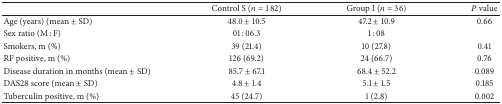
|  | Control S (n = 182) | Group I (n = 36) | P value |
 | --- | --- | --- | --- |
 | Age (years) (mean ± SD) | 48.0 ± 10.5 | 47.2 ± 10.9 | 0.66 |
 | Sex ratio (M : F) | 01 : 06.3 | 1 : 08 |  |
 | Smokers, m (%) | 39 (21.4) | 10 (27.8) | 0.41 |
 | RF positive, m (%) | 126 (69.2) | 24 (66.7) | 0.76 |
 | Disease duration in months (mean ± SD) | 85.7 ± 67.1 | 68.4 ± 52.2 | 0.089 |
 | DAS28 score (mean ± SD) | 4.8 ± 1.4 | 5.1 ± 1.5 | 0.185 |
 | Tuberculin positive, m (%) | 45 (24.7) | 1 (2.8) | 0.002 |